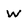
Character: W